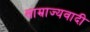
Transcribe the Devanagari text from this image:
साम्राज्‍यवादी